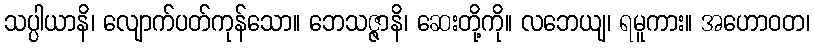
သပ္ပါယာနိ၊ လျောက်ပတ်ကုန်သော။ ဘေသဇ္ဇာနိ၊ ဆေးတို့ကို။ လဘေယျ၊ ရမူကား။ အဟောဝတ၊